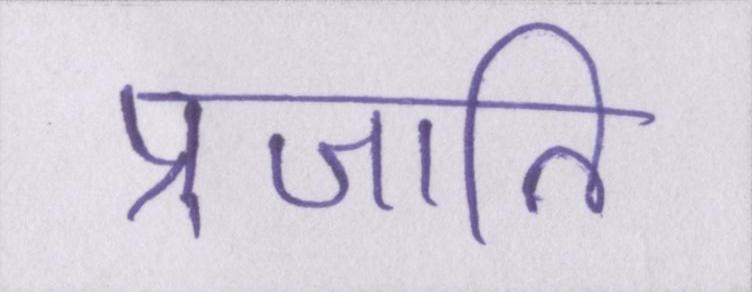
प्रजाति